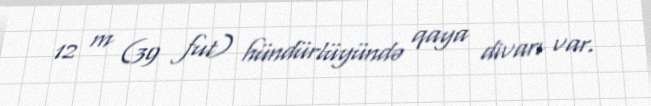
12 m (39 fut) hündürlüyündə qaya divarı var.